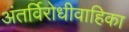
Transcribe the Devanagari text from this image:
अंतर्विरोधीवाहिका